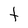
Character: t